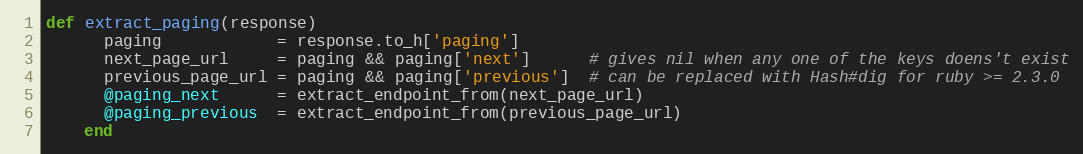
Language: Ruby
def extract_paging(response)
      paging            = response.to_h['paging']
      next_page_url     = paging && paging['next']      # gives nil when any one of the keys doens't exist
      previous_page_url = paging && paging['previous']  # can be replaced with Hash#dig for ruby >= 2.3.0
      @paging_next      = extract_endpoint_from(next_page_url)
      @paging_previous  = extract_endpoint_from(previous_page_url)
    end